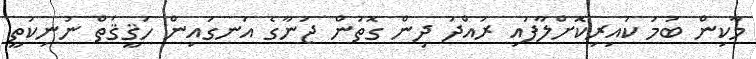
މާކިން ބުމަ ކައިރިކޮށްލާފައި ރައްދު ދިން ގޮތުން ޖަނާގެ އަނގައިން ހަޤީޤަތް ނުނިކުތީ